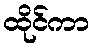
ထိုင်ကာ